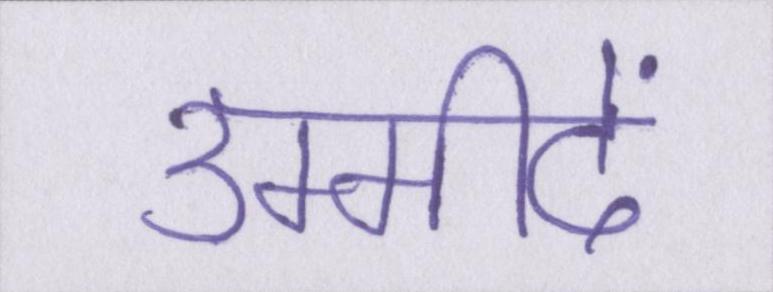
उम्मीदें